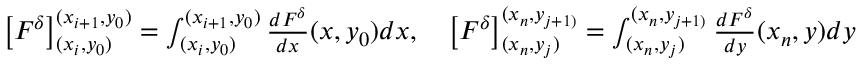
\begin{array} { r } { \left[ F ^ { \delta } \right] _ { ( x _ { i } , y _ { 0 } ) } ^ { ( x _ { i + 1 } , y _ { 0 } ) } = \int _ { ( x _ { i } , y _ { 0 } ) } ^ { ( x _ { i + 1 } , y _ { 0 } ) } \frac { d F ^ { \delta } } { d x } ( x , y _ { 0 } ) d x , \quad \left[ F ^ { \delta } \right] _ { ( x _ { n } , y _ { j } ) } ^ { ( x _ { n } , y _ { j + 1 ) } } = \int _ { ( x _ { n } , y _ { j } ) } ^ { ( x _ { n } , y _ { j + 1 ) } } \frac { d F ^ { \delta } } { d y } ( x _ { n } , y ) d y } \end{array}